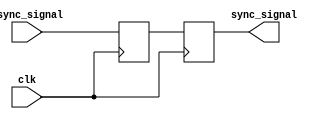
module dual_flip_flop_synchronizer (
    input wire clk,                 // System clock
    input wire async_signal,        // Asynchronous input signal
    output reg sync_signal          // Synchronized output signal
);

// Intermediate signal between the two flip-flops
reg intermediate_signal;

// First Flip-Flop (FF1)
always @(posedge clk) begin
    intermediate_signal <= async_signal; // Capture async signal
end

// Second Flip-Flop (FF2)
always @(posedge clk) begin
    sync_signal <= intermediate_signal; // Capture intermediate signal
end

endmodule